Civil Veterinary Department Bihar reports 1940-50 - 1940-1950
Year: 1940
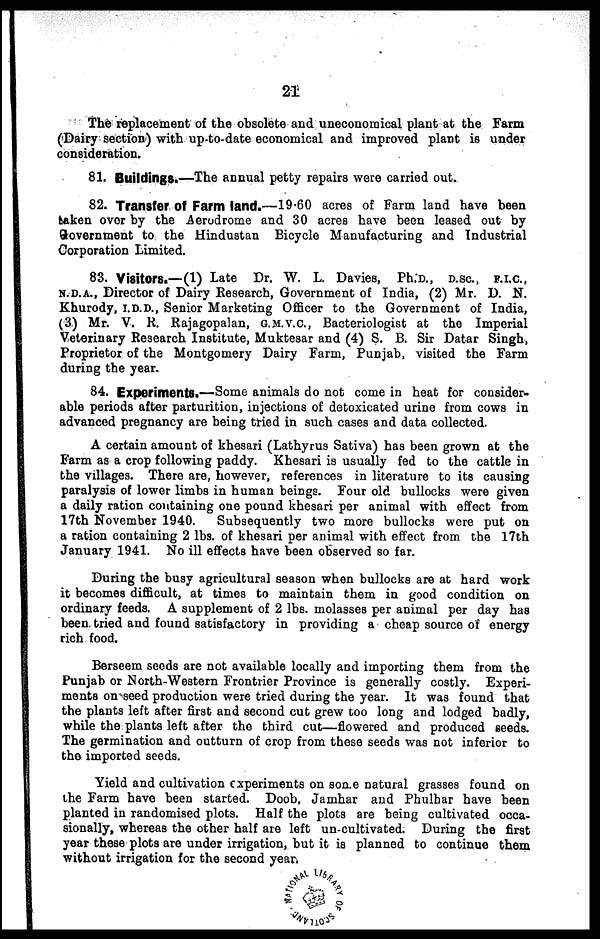
21
The replacement of the obsolete and uneconomical plant at the Farm
(Dairy section) with up-to-date economical and improved plant is under
consideration.
81. Buildings.—The annual petty repairs were carried out.
82. Transfer of Farm land.—19.60 acres of Farm land have been
taken over by the Aerodrome and 30 acres have been leased out by
Government to the Hindustan Bicycle Manufacturing and Industrial
Corporation Limited.
83. Visitors.— (1) Late Dr. W. L. Davies, Ph.D., D.SC., F.I.C,
N.D.A., Director of Dairy Research, Government of India, (2) Mr. D. N.
Khurody, I.D.D., Senior Marketing Officer to the Government of India,
(3) Mr. V. R. Rajagopalan, G.M.V.C, Bacteriologist at the Imperial
Veterinary Research Institute, Muktesar and (4) S. B. Sir Datar Singh,
Proprietor of the Montgomery Dairy Farm, Punjab, visited the Farm
during the year.
84. Experiments.—Some animals do not come in heat for consider-
able periods after parturition, injections of detoxicated urine from cows in
advanced pregnancy are being tried in such cases and data collected.
A certain amount of khesari (Lathyrus Sativa) has been grown at the
Farm as a crop following paddy. Khesari is usually fed to the cattle in
the villages. There are, however, references in literature to its causing
paralysis of lower limbs in human beings. Four old bullocks were given
a daily ration containing one pound khesari per animal with effect from
17th November 1940. Subsequently two more bullocks were put on
a ration containing 2 lbs. of khesari per animal with effect from the 17th
January 1941. No ill effects have been observed so far.
During the busy agricultural season when bullocks are at hard work
it becomes difficult, at times to maintain them in good condition on
ordinary feeds. A supplement of 2 lbs. molasses per animal per day has
been tried and found satisfactory in providing a cheap source of energy
rich food.
Berseem seeds are not available locally and importing them from the
Punjab or North-Western Frontrier Province is generally costly. Experi-
ments on seed production were tried during the year. It was found that
the plants left after first and second cut grew too long and lodged badly,
while the plants left after the third cut—flowered and produced seeds.
The germination and outturn of crop from these seeds was not inferior to
the imported seeds.
Yield and cultivation experiments on son e natural grasses found on
the Farm have been started. Doob, Jamhar and Phulhar have been
planted in randomised plots. Half the plots are being cultivated occa-
sionally, whereas the other half are left un-cultivated. During the first
year these plots are under irrigation, but it is planned to continue them
without irrigation for the second yean